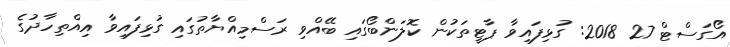
އޯގަސްޓް 27 2018: ގުޅިފައިވާ ޕާޓީތަކުން ކޮލަންބޯގައި ބޭއްވި ރަސްމިއްޔާތުގައި ގުޅިފައިވާ އިއްތިހާދުގެ